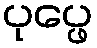
ပုပ္ဖေ